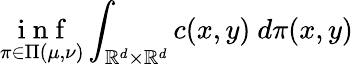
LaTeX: \underset{\pi\in\Pi(\mu,\nu)}{\mathrm{~i~n~f~}}\int_{\mathbb{R}^{d}\times\mathbb{R}^{d}}c(x,y)\ d\pi(x,y)